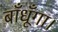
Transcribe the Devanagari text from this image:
बाँधूँगा।